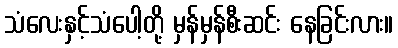
သံလေးနှင့်သံပေါ့တို့ မှန်မှန်စီးဆင်း နေခြင်းလား။